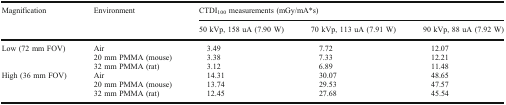
<table><thead><tr><td rowspan="2"><b>Magnification</b></td><td rowspan="2"><b>Environment</b></td><td colspan="3"><b>CTDI<sub>100</sub> measurements (mGy/mA*s)</b></td></tr><tr><td><b>50 kVp, 158 uA (7.90 W)</b></td><td><b>70 kVp, 113 uA (7.91 W)</b></td><td><b>90 kVp, 88 uA (7.92 W)</b></td></tr></thead><tbody><tr><td rowspan="3">Low (72 mm FOV)</td><td>Air</td><td>3.49</td><td>7.72</td><td>12.07</td></tr><tr><td>20 mm PMMA (mouse)</td><td>3.38</td><td>7.33</td><td>12.21</td></tr><tr><td>32 mm PMMA (rat)</td><td>3.12</td><td>6.89</td><td>11.48</td></tr><tr><td rowspan="3">High (36 mm FOV)</td><td>Air</td><td>14.31</td><td>30.07</td><td>48.65</td></tr><tr><td>20 mm PMMA (mouse)</td><td>13.74</td><td>29.53</td><td>47.57</td></tr><tr><td>32 mm PMMA (rat)</td><td>12.45</td><td>27.68</td><td>45.54</td></tr></tbody></table>